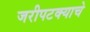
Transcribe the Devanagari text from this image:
जरीपटक्याचे